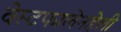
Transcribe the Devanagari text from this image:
वेस्टफालेनहेली